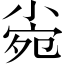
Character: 𡮄